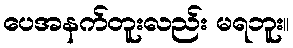
ပေအနက်တူးလည်း မရဘူး။